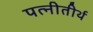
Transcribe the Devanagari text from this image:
पत्नीतीर्थ